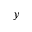
y